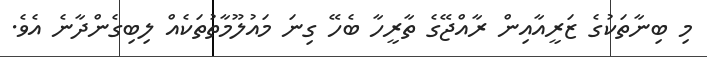
މި ބިނާތަކުގެ ޒަރީއާއިން ރާއްޖޭގެ ތާރީހާ ބެހޭ ގިނަ މައުލޫމާތުތަކެއް ލިބިގެންދާނެ އެވެ.